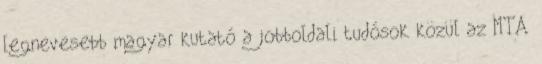
legnevesebb magyar kutató a jobboldali tudósok közül az MTA